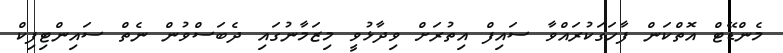
މެންޑޭޓް އޮތްކަން ފާހަގަކުރައްވާ ސައިފް އިތުރަށް ވިދާޅުވީ މިޒަމާނުގައި ދެބަސްވުން ނެތް ސައިންޓިފިކް